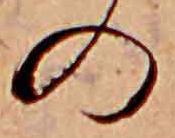
の